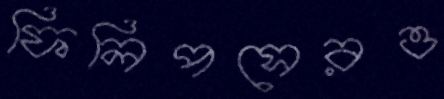
ফিলিপসেরও